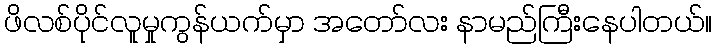
ဖိလစ်ပိုင်လူမှုကွန်ယက်မှာ အတော်လး နာမည်ကြီးနေပါတယ်။